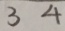
3 4